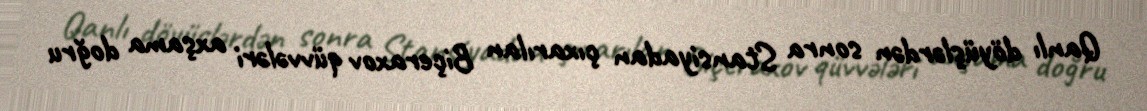
Qanlı döyüşlərdən sonra Stansiyadan çıxarılan Biçeraxov qüvvələri axşama doğru